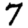
Digit: 7